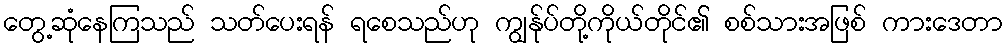
တွေ့ဆုံနေကြသည် သတ်ပေးရန် ရစေသည်ဟု ကျွန်ုပ်တို့ကိုယ်တိုင်၏ စစ်သားအဖြစ် ကားဒေတာ